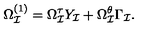
\Omega _ { \cal I } ^ { ( 1 ) } = \Omega _ { \cal I } ^ { \tau } Y _ { \cal I } + \Omega _ { \cal I } ^ { \theta } \Gamma _ { \cal I } .